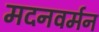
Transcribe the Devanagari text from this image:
मदनवर्मन